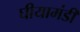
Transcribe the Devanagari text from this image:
घीयामंडी